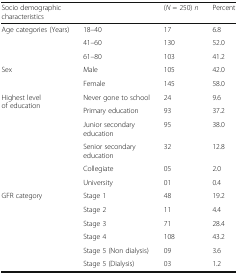
<table><thead><tr><td colspan="2"><b>Socio demographic characteristics</b></td><td><b>(<i>N</i> = 250) <i>n</i></b></td><td><b>Percent</b></td></tr></thead><tbody><tr><td rowspan="3">Age categories (Years)</td><td>18–40</td><td>17</td><td>6.8</td></tr><tr><td>41–60</td><td>130</td><td>52.0</td></tr><tr><td>61–80</td><td>103</td><td>41.2</td></tr><tr><td rowspan="2">Sex</td><td>Male</td><td>105</td><td>42.0</td></tr><tr><td>Female</td><td>145</td><td>58.0</td></tr><tr><td rowspan="6">Highest level of education</td><td>Never gone to school</td><td>24</td><td>9.6</td></tr><tr><td>Primary education</td><td>93</td><td>37.2</td></tr><tr><td>Junior secondary education</td><td>95</td><td>38.0</td></tr><tr><td>Senior secondary education</td><td>32</td><td>12.8</td></tr><tr><td>Collegiate</td><td>05</td><td>2.0</td></tr><tr><td>University</td><td>01</td><td>0.4</td></tr><tr><td rowspan="6">GFR category</td><td>Stage 1</td><td>48</td><td>19.2</td></tr><tr><td>Stage 2</td><td>11</td><td>4.4</td></tr><tr><td>Stage 3</td><td>71</td><td>28.4</td></tr><tr><td>Stage 4</td><td>108</td><td>43.2</td></tr><tr><td>Stage 5 (Non dialysis)</td><td>09</td><td>3.6</td></tr><tr><td>Stage 5 (Dialysis)</td><td>03</td><td>1.2</td></tr></tbody></table>